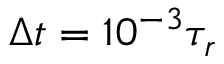
\Delta t = 1 0 ^ { - 3 } \tau _ { r }